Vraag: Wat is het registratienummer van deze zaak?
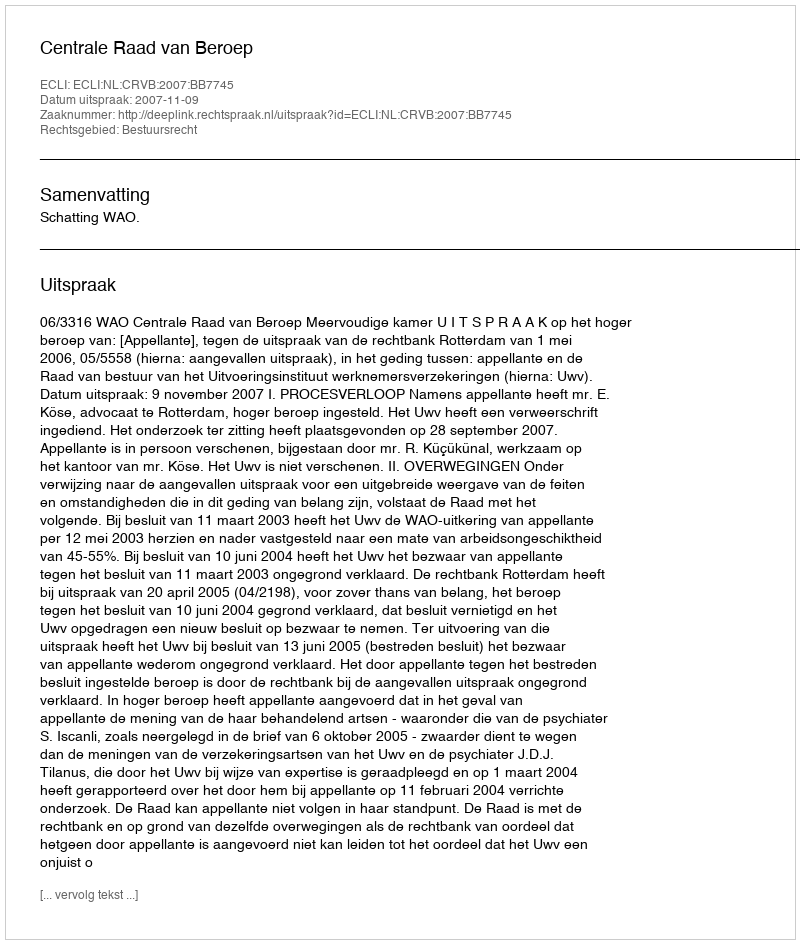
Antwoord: http://deeplink.rechtspraak.nl/uitspraak?id=ECLI:NL:CRVB:2007:BB7745